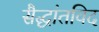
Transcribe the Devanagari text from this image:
सैद्धांतविद